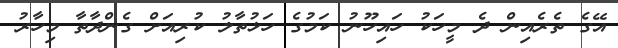
އޭގެ ތެރެއިން ދެ މީހަކު ހައިހޫނު ކަމުގެ ހަޅުތާލު ކުރިއަށް ގެންދާތާ މިހާރު